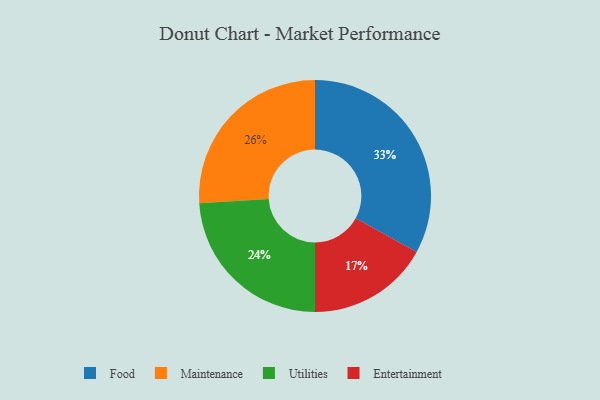
{"axis": {"x": "Category", "y": "Percentage"}, "legend": ["Entertainment", "Food", "Maintenance", "Utilities"], "data": [{"x": "Food", "y": 33, "type": "Food"}, {"x": "Maintenance", "y": 26, "type": "Maintenance"}, {"x": "Utilities", "y": 24, "type": "Utilities"}, {"x": "Entertainment", "y": 17, "type": "Entertainment"}]}